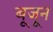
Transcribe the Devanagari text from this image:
बूजून